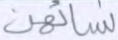
نسائهن